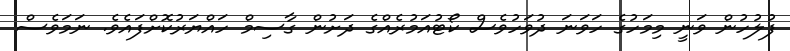
ފުލުހުން ވަނީ މިމަހުގެ ހަވަނަ ދުވަހުވެސް ކޯޓުއަމުރެއްގެ ދަށުން ގާސިމް ހައްޔަރުކޮށްފައެވެ. ނަމަވެސް